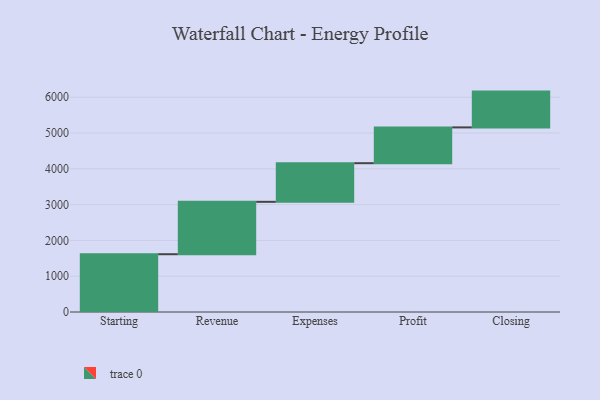
{"axis": {"x": "Step", "y": "Value"}, "legend": [""], "data": [{"x": "Starting", "y": 1614.0, "type": ""}, {"x": "Revenue", "y": 1464.0, "type": ""}, {"x": "Expenses", "y": 1079.0, "type": ""}, {"x": "Profit", "y": 1000, "type": ""}, {"x": "Closing", "y": 1000, "type": ""}]}